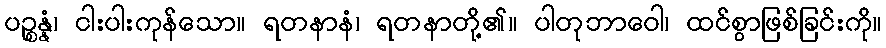
ပဉ္စန္နံ၊ ငါးပါးကုန်သော။ ရတနာနံ၊ ရတနာတို့၏။ ပါတုဘာဝေါ၊ ထင်စွာဖြစ်ခြင်းကို။